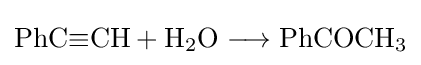
{\mathrm {PhC} {\equiv }\mathrm {CH} {}+{}\mathrm {H} {\vphantom {A}}_{\smash[{t}]{2}}\mathrm {O} {}\mathrel {\longrightarrow } {}\mathrm {PhCOCH} {\vphantom {A}}_{\smash[{t}]{3}}}